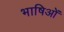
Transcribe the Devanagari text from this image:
भाषिओं